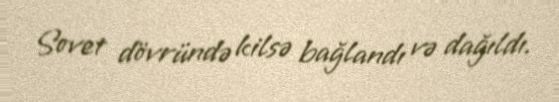
Sovet dövründə kilsə bağlandı və dağıldı.